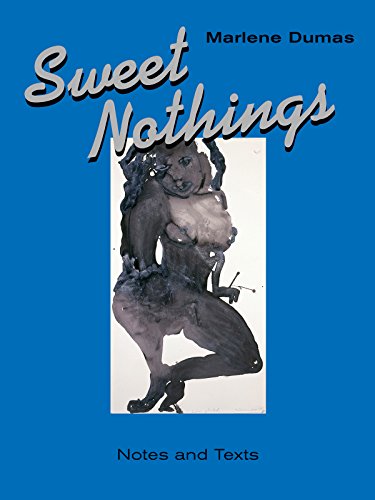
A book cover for Sweet Nothings: Notes and Texts 1982-2014; Arts & Photography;